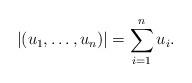
LaTeX: \begin{align*}|(u_1,\ldots, u_n)| = \sum_{i=1}^n u_i.\end{align*}